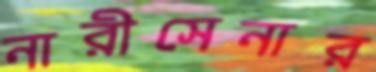
নারীসেনার